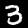
Digit: 3